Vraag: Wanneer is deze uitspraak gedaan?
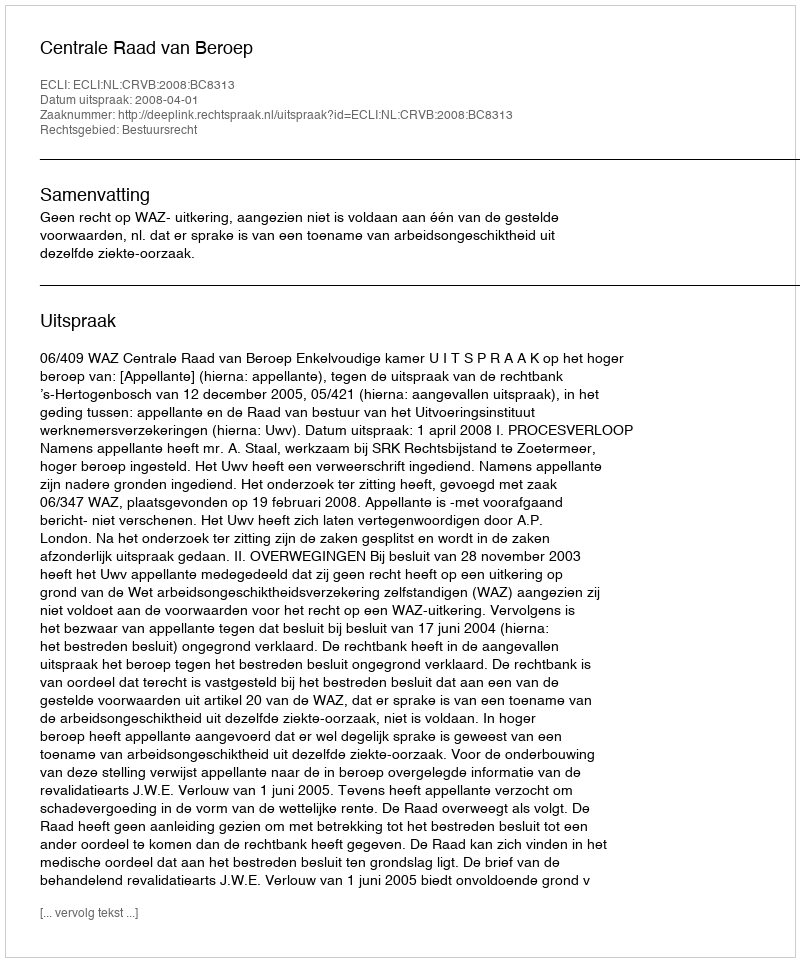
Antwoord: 2008-04-01